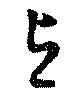
与